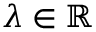
\lambda \in \mathbb { R }